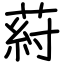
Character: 葤